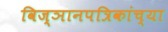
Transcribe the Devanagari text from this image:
विज्ञानपत्रिकांच्या